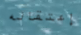
إعتقاله